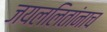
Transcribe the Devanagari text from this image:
जयललितांनाच